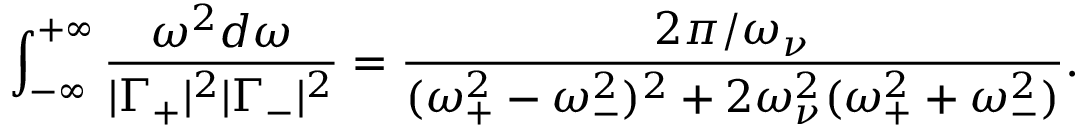
\int _ { - \infty } ^ { + \infty } \frac { \omega ^ { 2 } d \omega } { | \Gamma _ { + } | ^ { 2 } | \Gamma _ { - } | ^ { 2 } } = \frac { 2 \pi / \omega _ { \nu } } { ( \omega _ { + } ^ { 2 } - \omega _ { - } ^ { 2 } ) ^ { 2 } + 2 \omega _ { \nu } ^ { 2 } ( \omega _ { + } ^ { 2 } + \omega _ { - } ^ { 2 } ) } .